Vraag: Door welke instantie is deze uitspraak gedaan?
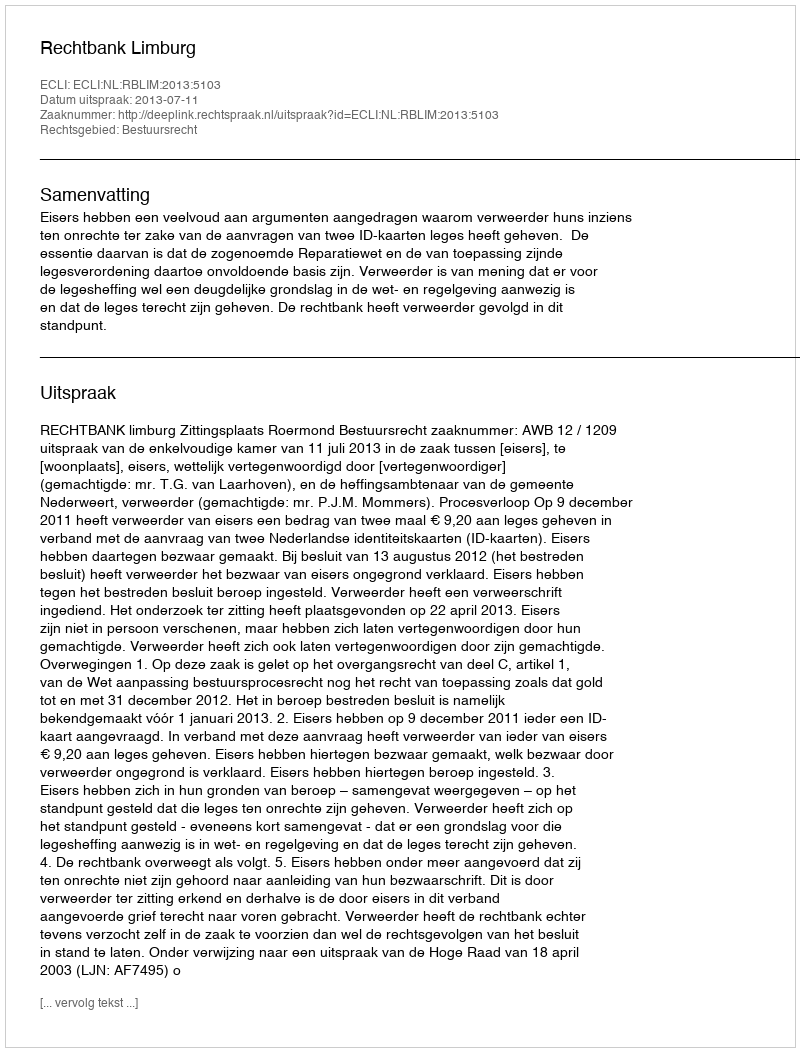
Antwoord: Rechtbank Limburg